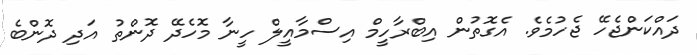
ދައްކަންޖެހޭ ޖެހުމެވެ. އެގޮތުން އިބްރާހީމް އިސްމާއީލް ހީނާ މޮހެދޭ ދޮންތު އަދި ދޮންބެ